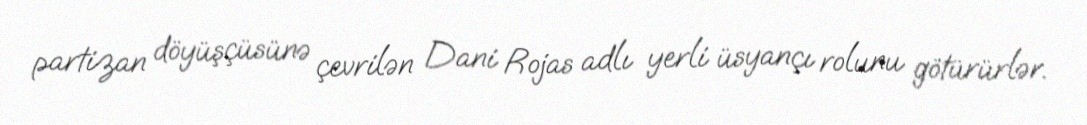
partizan döyüşçüsünə çevrilən Dani Rojas adlı yerli üsyançı rolunu götürürlər.